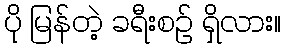
ပို မြန်တဲ့ ခရီးစဉ် ရှိလား။